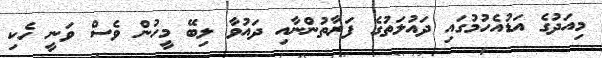
މިއަދުގެ އަޑުއެހުމުގައި ދައުލަތުގެ ފަރާތުންނާއި ދައުވާ ލިބޭ މީހުން ވެސް ވަނީ ހެކި